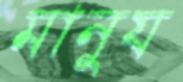
মানুয